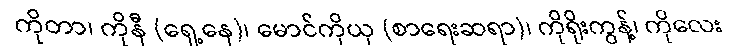
ကိုတာ၊ ကိုနီ (ရှေ့နေ)၊ မောင်ကိုယု (စာရေးဆရာ)၊ ကိုရိုးကွန့်၊ ကိုလေး